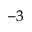
^ { - 3 }